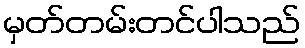
မှတ်တမ်းတင်ပါသည်